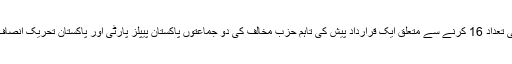
اس سے پہلے حکومت نے پارلیمانی کمیٹی کی تعداد 16 کرنے سے متعلق ایک قرارداد پیش کی تاہم حزب مخالف کی دو جماعتوں پاکستان پیپلز پارٹی اور پاکستان تحریک انصاف کے احتجاج کے بعد یہ قرارداد واپس لے لی۔